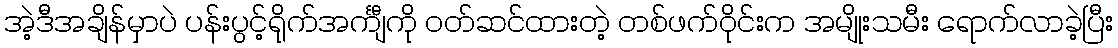
အဲ့ဒီအချိန်မှာပဲ ပန်းပွင့်ရိုက်အင်္ကျီကို ဝတ်ဆင်ထားတဲ့ တစ်ဖက်ဝိုင်းက အမျိုးသမီး ရောက်လာခဲ့ပြီး